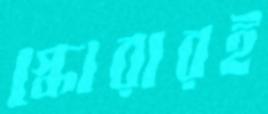
স্কোরারই